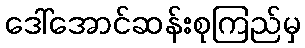
ဒေါ်အောင်ဆန်းစုကြည်မှ